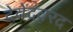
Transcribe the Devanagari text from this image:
देवेंद्रवरद